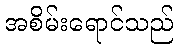
အစိမ်းရောင်သည်